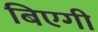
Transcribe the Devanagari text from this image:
बिएगी